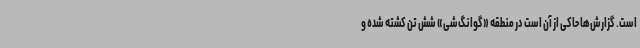
است. گزارش‌ها حاکی از آن است در منطقه «گوانگ‌شی» شش تن کشته شده و